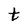
Character: t